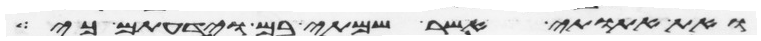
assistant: ואת אתותי אשר שמתי בם וידעתם כי